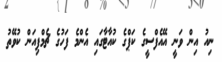
ނިއު އިން ވަނީ އޭއެފްސީގެ ކަޕްގެ ކުއާޓާގައި އެންމެ ފަހުގެ ޗެމްޕިއަން ކުވޭތު